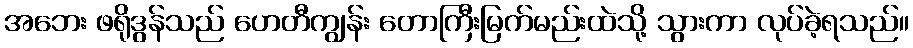
အဘေး ဖရိုဒွန်သည် ဟေတီကျွန်း တောကြီးမြက်မည်းထဲသို့ သွားကာ လုပ်ခဲ့ရသည်။